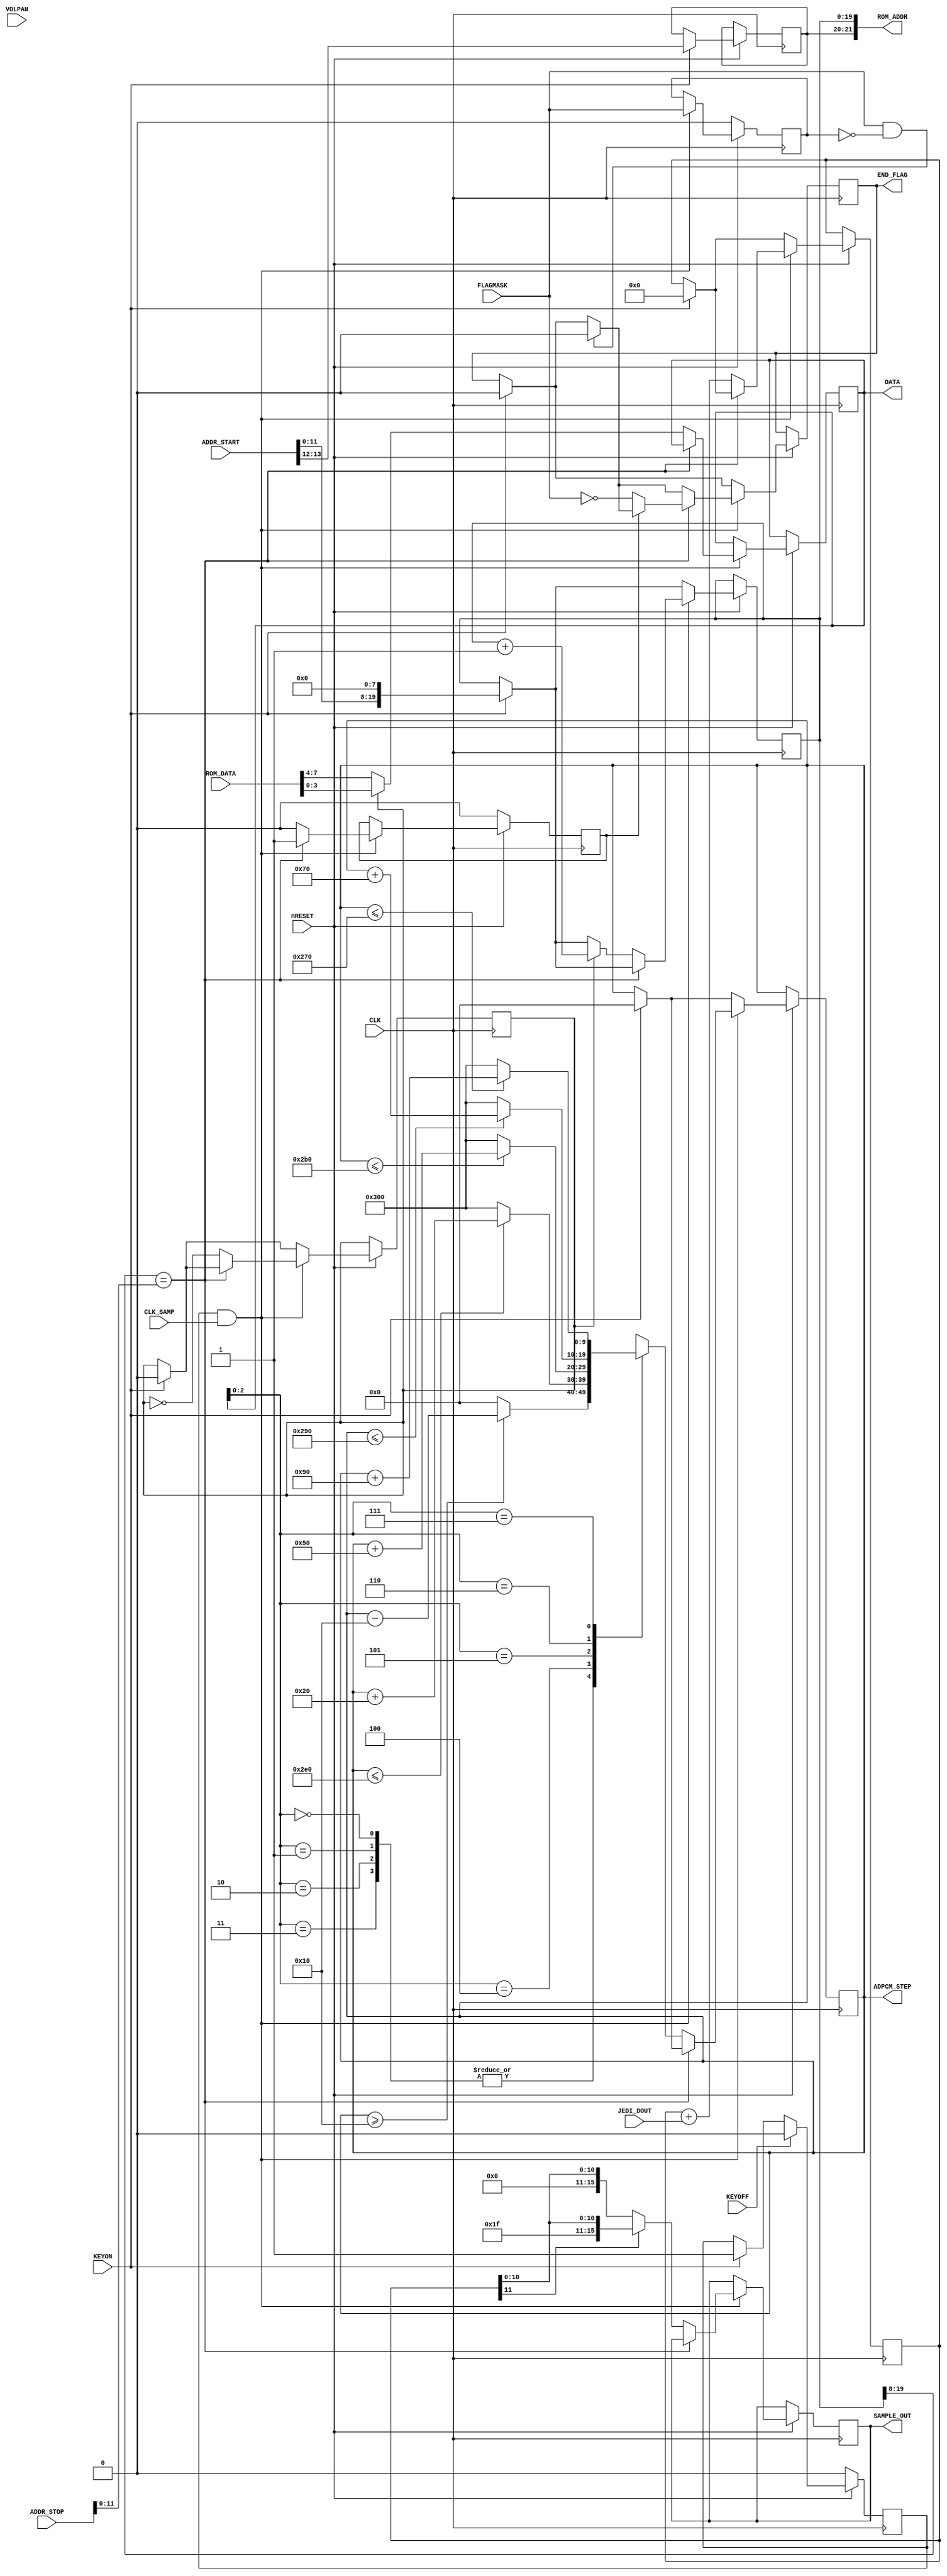
// NeoGeo logic definition (simulation only)
// Copyright (C) 2018 Sean Gonsalves
//
// This program is free software: you can redistribute it and/or modify
// it under the terms of the GNU General Public License as published by
// the Free Software Foundation, either version 3 of the License, or
// (at your option) any later version.
//
// This program is distributed in the hope that it will be useful,
// but WITHOUT ANY WARRANTY; without even the implied warranty of
// MERCHANTABILITY or FITNESS FOR A PARTICULAR PURPOSE.  See the
// GNU General Public License for more details.
//
// You should have received a copy of the GNU General Public License
// along with this program.  If not, see <https://www.gnu.org/licenses/>.

module ch_pcma(
	input CLK,
	input CLK_SAMP,
	input nRESET,
	input FLAGMASK,
	output reg END_FLAG,
	input KEYON, KEYOFF,
	
	input [11:0] JEDI_DOUT,
	input [15:0] ADDR_START,
	input [15:0] ADDR_STOP,
	input [7:0] VOLPAN,				// TODO: This :) Also see ADPCM-A total level
	output [21:0] ROM_ADDR,
	output reg [3:0] DATA,
	output reg [9:0] ADPCM_STEP,	// 0~768
	input [7:0] ROM_DATA,
	output reg [15:0] SAMPLE_OUT
);

	reg RUN;
	reg [1:0] ROM_BANK;
	reg [19:0] ADDR_CNT;
	reg NIBBLE;
	reg [11:0] ADPCM_ACC;
	
	reg SET_FLAG;
	reg PREV_FLAGMASK;
	
	assign ROM_ADDR = { ROM_BANK, ADDR_CNT };
	
	always @(posedge CLK)
	begin
		if (!nRESET)
		begin
			SET_FLAG <= 0;			// ?
			PREV_FLAGMASK <= 0;	// ?
			RUN <= 0;
		end
		else
		begin
		
			if (KEYON)
			begin
				ADDR_CNT <= { ADDR_START[11:0], 8'h0 };
				ROM_BANK <= ADDR_START[13:12];	// Should be 4 bits in real YM2610 (16M ROMs max., not 4M)
				END_FLAG <= 0;
				NIBBLE <= 0;		// ?
				ADPCM_ACC <= 0;
				ADPCM_STEP <= 0;
				RUN <= 1;
			end
			
			if (KEYOFF)
				RUN <= 0;
			
			// Get one sample:
			if (RUN && CLK_SAMP)
			begin
				// Edge detect, clear flag
				if ((FLAGMASK == 1) && (PREV_FLAGMASK == 0))
					END_FLAG <= 0;
				
				PREV_FLAGMASK <= FLAGMASK;
				
				if (ADDR_CNT[19:8] == ADDR_STOP[11:0])
				begin
					// Edge detect, set flag if not masked
					if (SET_FLAG == 0)
					begin
						SET_FLAG <= 1;
						END_FLAG <= ~FLAGMASK;
					end
				end
				else
				begin
					SET_FLAG <= 0;
				
					if (NIBBLE)
					begin
						DATA <= ROM_DATA[3:0];
						ADDR_CNT <= ADDR_CNT + 1'b1;
					end
					else
						DATA <= ROM_DATA[7:4];
					
					ADPCM_ACC <= ADPCM_ACC + JEDI_DOUT;
					
					case (DATA[2:0])
						0, 1, 2, 3 :
						begin
							if (ADPCM_STEP >= 16)
								ADPCM_STEP <= ADPCM_STEP - 10'd16;
							else
								ADPCM_STEP <= 0;
						end
						4 :
						begin
							if (ADPCM_STEP <= (768 - 32))
								ADPCM_STEP <= ADPCM_STEP + 10'd32;
							else
								ADPCM_STEP <= 768;
						end
						5 :
						begin
							if (ADPCM_STEP <= (768 - 80))
								ADPCM_STEP <= ADPCM_STEP + 10'd80;
							else
								ADPCM_STEP <= 768;
						end
						6 :
						begin
							if (ADPCM_STEP <= (768 - 112))
								ADPCM_STEP <= ADPCM_STEP + 10'd112;
							else
								ADPCM_STEP <= 768;
						end
						7 :
						begin
							if (ADPCM_STEP <= (768 - 144))
								ADPCM_STEP <= ADPCM_STEP + 10'd144;
							else
								ADPCM_STEP <= 768;
						end
					endcase
					
					// Sign-extend 12 to 16
					SAMPLE_OUT <= ADPCM_ACC[11] ? { 4'b1111, ADPCM_ACC } : { 4'b0000, ADPCM_ACC };
					
					NIBBLE <= ~NIBBLE;
				end
			end
		end
	end

endmodule